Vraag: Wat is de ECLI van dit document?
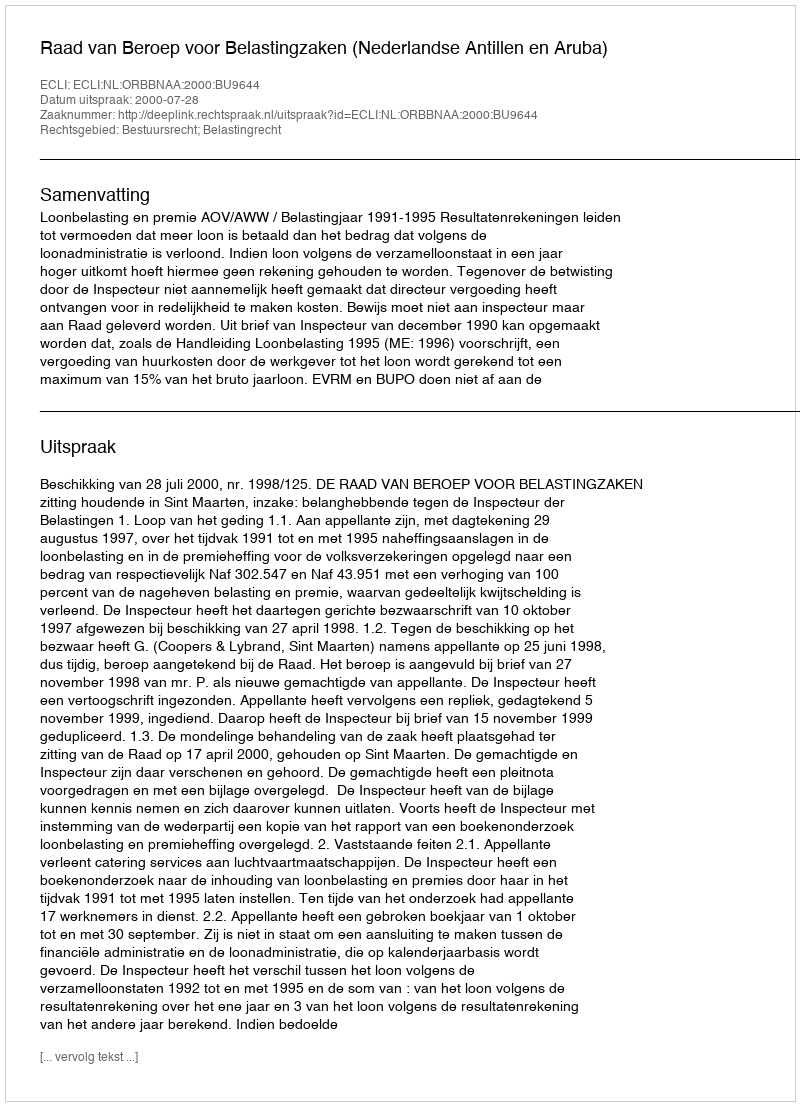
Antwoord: ECLI:NL:ORBBNAA:2000:BU9644